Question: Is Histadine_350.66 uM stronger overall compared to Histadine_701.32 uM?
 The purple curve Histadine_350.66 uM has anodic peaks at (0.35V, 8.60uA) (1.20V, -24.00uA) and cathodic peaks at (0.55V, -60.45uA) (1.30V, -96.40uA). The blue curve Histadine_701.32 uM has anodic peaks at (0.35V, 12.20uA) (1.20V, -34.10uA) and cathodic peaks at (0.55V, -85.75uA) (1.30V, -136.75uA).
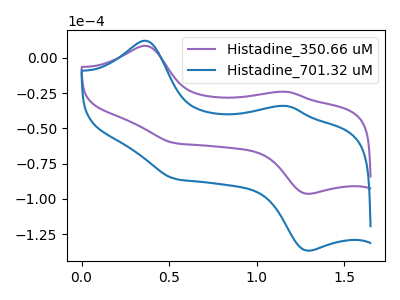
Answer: <think>All the peaks in "Histadine_350.66 uM" have a peak in "Histadine_701.32 uM" at the same potential.
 </think>
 <answer>I cant tell if "Histadine_350.66 uM" or "Histadine_701.32 uM" has more signal.</answer>
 <eval>mixed_signal</eval>